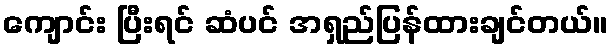
ကျောင်း ပြီးရင် ဆံပင် အရှည်ပြန်ထားချင်တယ်။